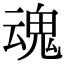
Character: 魂